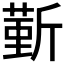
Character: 𣂼